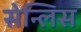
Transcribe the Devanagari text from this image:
सेन्लिस